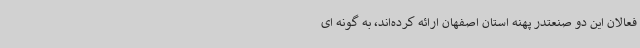
فعالان این دو صنعتدر پهنه استان اصفهان ارائه کرده‌اند، به گونه ای